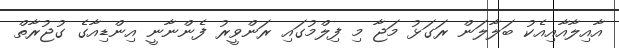
އާއިލާއާއިއެކު ބަލާލަން ރަގަޅު މަޖާ މި ފިލްމުގައި ރަންވީރު ފެންނާނީ އިންޑިއާގެ ގުޖުރާތް